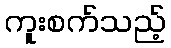
ကူးစက်သည့်